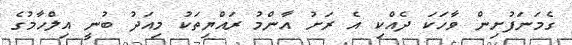
ގެމަނަފުށިން ވާހަކަ ދެއްކި އެ ރަށު އާންމު ރައްޔިތަކު މިއަދު ބުނީ އިލްހާމުގެ